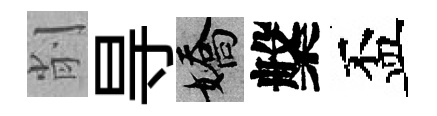
削㝵嬌槃盃